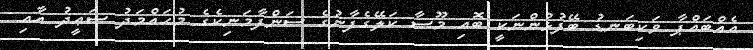
އެއްބައްޕާ ވަކިބަނޑު ބޭފުޅުންނަކީ ބޮއި މޫސާ ކަލޭގެފާނުގެ ސަންފާމަނިކެގެ މުޙައްމަދު ސަޢީދު އާއި